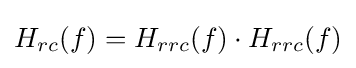
H_{rc}(f)=H_{rrc}(f)\cdot H_{rrc}(f)